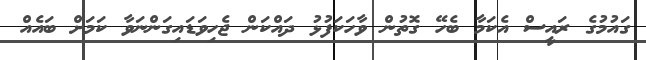
ގައުމުގެ ރައީސް އެކަމާ ބެހޭ ގޮތުން ވާހަކަފުޅު ދައްކަން ޖެހިވަޑައިގަންނަވާ ކަމަށް ބައެއް